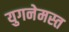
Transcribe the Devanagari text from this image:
युगनेमस्त